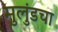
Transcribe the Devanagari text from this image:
मुलुंडचा